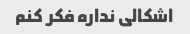
اشکالی نداره فکر کنم